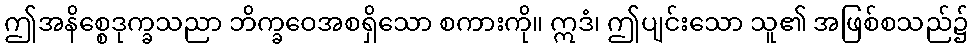
ဤအနိစ္စေဒုက္ခသညာ ဘိက္ခဝေအစရှိသော စကားကို။ ဣဒံ၊ ဤပျင်းသော သူ၏ အဖြစ်စသည်၌